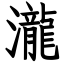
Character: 瀧